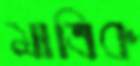
মাত্রিক